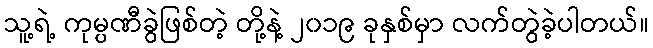
သူ့ရဲ့ ကုမ္ပဏီခွဲဖြစ်တဲ့ တို့နဲ့ ၂၀၁၉ ခုနှစ်မှာ လက်တွဲခဲ့ပါတယ်။